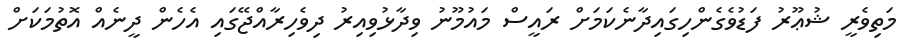
މަތިވެރީ ޝުޢޫރު ފަޑުވެގެންހިގައިދާނެކަމަށް ރައީސް މައުމޫނު ވިދާޅުވިއިރު ދިވެހިރާއްޖޭގައި އެހެން ދީނެއް އޮތުމަކަށް